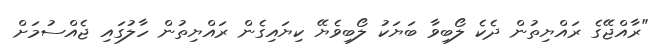
"ރާއްޖޭގެ ރައްޔިތުން ދެކެ ލޯބިވާ ބަޔަކު ލޯބިވެޔޭ ކިޔައިގެން ރައްޔިތުން ހާލުގައި ޖެއްސުމަށް